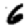
Digit: 6